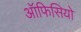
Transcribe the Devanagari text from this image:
ऑफिसियो